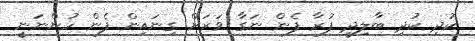
ކުދި ކުދި ބާލިދީ ފުރާ ފެން ނަގާ ވަރަށް ގިނައިން ފެން ހުންނަނީ